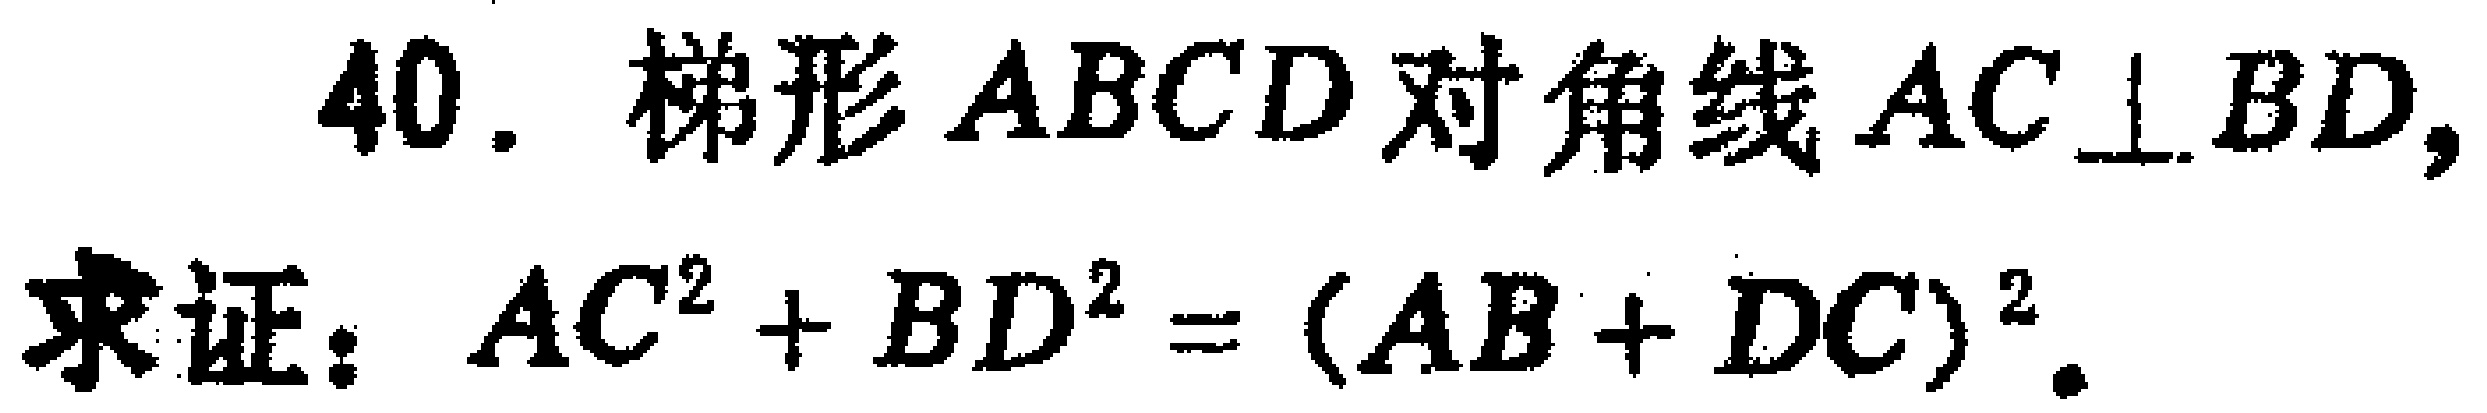
40. 梯形 \(ABCD\) 对角线 \(AC\perp BD\)，
求证：\(AC^{2}+BD^{2}=(AB + DC)^{2}\)。